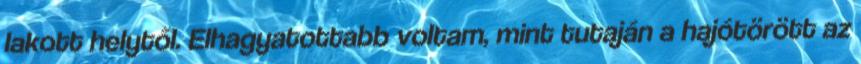
lakott helytől. Elhagyatottabb voltam, mint tutaján a hajótörött az